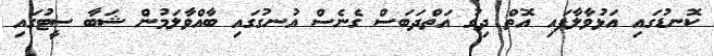
ކޮނޑުގައި އަޅުވާލާފައި އޮތް ދިގު އަތްދަބަސް ގެނެސް އުނގުގައި ބާއްވާލަމުން ޝަބާ ސީޓުގައި